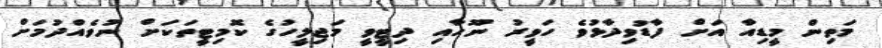
މަތިން މީޑިއާ އަށް ފާޑުވިދާޅުވެ ހަވީރު ނޫހާއި ދިޓީވީ މަޖިލީހުގެ ކޮމިޓީތަކަށް ނުވެއްދުމަށް